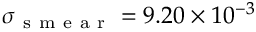
\sigma _ { \mathrm { ~ s ~ m ~ e ~ a ~ r ~ } } = 9 . 2 0 \times 1 0 ^ { - 3 }